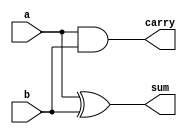
`timescale 1ns / 1ps

//Assignment 3
//Problem 1
//Semseter 5
//Group No. 51
//Pritam Mallick (18CS10042)
//Smayan Das (18CS30011)

//Half Adder

module HA(sum,carry,a,b);

	output sum,carry;
	input a,b;
	
	assign sum = a^b;
	assign carry = a&b;
	
endmodule

//Full Adder

module FA(S,Cout,A,B,Cin);

    input A,B,Cin;
    output Cout,S;
    wire T1,T2,T3;
    
    xor XOR_1(T1,A,B);
    xor XOR_2(S,T1,Cin);
    
    and AND_1(T2,A,B);
    and AND_2(T3,Cin,T1);
    or OR_1(Cout,T2,T3);

endmodule

//Combinational Binary Multiplier

module Bin_Mul(a,b,product);
    
    input [5:0] a,b;
    output [11:0] product;
    
    wire [35:0] T;
    wire [25:0] c;
    
    //Multiplication
    assign T[0] = a[0] & b[0];
    assign T[1] = a[0] & b[1];
    assign T[2] = a[0] & b[2];
    assign T[3] = a[0] & b[3];
    assign T[4] = a[0] & b[4];
    assign T[5] = a[0] & b[5];
    
    assign T[6] = a[1] & b[0];
    assign T[7] = a[1] & b[1];
    assign T[8] = a[1] & b[2];
    assign T[9] = a[1] & b[3];
    assign T[10] = a[1] & b[4];
    assign T[11] = a[1] & b[5];
    
    assign T[12] = a[2] & b[0];
    assign T[13] = a[2] & b[1];
    assign T[14] = a[2] & b[2];
    assign T[15] = a[2] & b[3];
    assign T[16] = a[2] & b[4];
    assign T[17] = a[2] & b[5];
    
    assign T[18] = a[3] & b[0];
    assign T[19] = a[3] & b[1];
    assign T[20] = a[3] & b[2];
    assign T[21] = a[3] & b[3];
    assign T[22] = a[3] & b[4];
    assign T[23] = a[3] & b[5];
    
    assign T[24] = a[4] & b[0];
    assign T[25] = a[4] & b[1];
    assign T[26] = a[4] & b[2];
    assign T[27] = a[4] & b[3];
    assign T[28] = a[4] & b[4];
    assign T[29] = a[4] & b[5];
    
    assign T[30] = a[5] & b[0];
    assign T[31] = a[5] & b[1];
    assign T[32] = a[5] & b[2];
    assign T[33] = a[5] & b[3];
    assign T[34] = a[5] & b[4];
    assign T[35] = a[5] & b[5];
    
    //Addition
    assign product[0] = T[0];
    
  	HA H0(product[1],c[0],T[1],T[6]);
    
  	wire p20;
  	FA H1(p20,c[1],T[2],T[7],c[0]);
  	HA F1(product[2],c[2],p20,T[12]);
    
  	wire p30,p31;
  	FA H2(p30,c[3],T[3],T[8],c[1]);
    HA F2(p31,c[4],p30,T[13]);
  	HA F3(product[3],c[5],p31,T[18]);
    
  	wire p40,p41,p42;
  	FA H3(p40,c[6],T[4],T[9],c[3]);
  	HA F4(p41,c[7],p40,T[14]);
    HA F5(p42,c[8],p41,T[19]);
    HA F6(product[4],c[9],p42,T[24]);
    
  	wire p50,p51,p52,p53;
  	FA H4(p50,c[10],T[5],T[10],c[6]);
    HA F7(p51,c[11],p50,T[15]);
    HA F8(p52,c[12],p51,T[20]);
    HA F9(p53,c[13],p52,T[25]);
    HA F10(product[5],c[14],p53,T[30]);

  	wire p60,p61,p62;
  	FA H5(p60,c[15],T[11],T[16],c[10]);
    HA F11(p61,c[16],p60,T[21]);
    HA F12(p62,c[17],p61,T[26]);
    HA F13(product[6],c[18],p62,T[31]);
    
    wire p70,p71;
  	FA H6(p70,c[19],T[17],T[22],c[15]);
    HA F14(p71,c[20],p70,T[27]);
    HA F15(product[7],c[21],p71,T[32]);
    
    wire p80;
  	FA H7(p80,c[22],T[23],T[28],c[19]);
    HA F16(product[8],c[23],p80,T[33]);
    
  	FA H8(product[9],c[24],T[29],T[34],c[22]);
    
    HA H9(product[10],c[25],T[35],c[24]);
    
  	assign product[11] = c[25];

endmodule